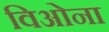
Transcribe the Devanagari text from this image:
विओना